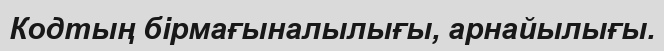
Кодтың бiрмағыналылығы, арнайылығы.